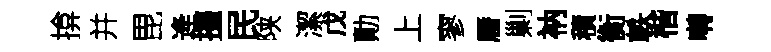
揜并毘逄擡民陕潔戊勣上寥曆剿衲積衡軼楷囀